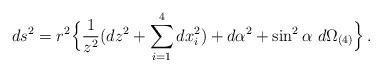
LaTeX: \begin{align*}ds^2 = r^2 \Bigl\{ \frac{1}{z^2} (dz^2 + \sum_{i=1}^4 dx_i^2)+ d\alpha^2 + \sin^2\alpha \ d\Omega_{(4)} \Bigr\} \,.\end{align*}